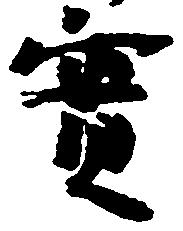
実